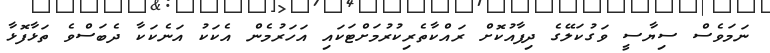
ނަމަވެސް ސިޔާސީ ވަގުކަލޭގެ ދިފާއުކޮށް ރައްކާތެރިކުރުމަށްޓަކައި އަހަރުމެން އެކަކު އަނެކަކާ ދެބަސްވެ ތަޅާފޮޅާ